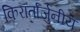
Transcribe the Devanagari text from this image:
किरार्तार्जुनीय